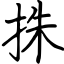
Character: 㧣